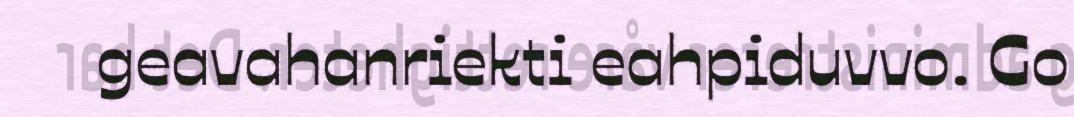
geavahanriekti eahpiduvvo. Go